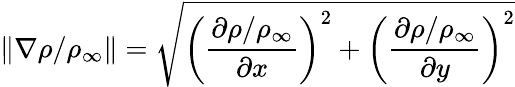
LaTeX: \left\| \nabla\rho/\rho_{\infty}\right\| =\sqrt{\left(\frac{\partial\rho/\rho_{\infty}}{\partial x}\right)^{2}+\left(\frac{\partial\rho/\rho_{\infty}}{\partial y}\right)^{2}}